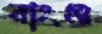
বাংগু